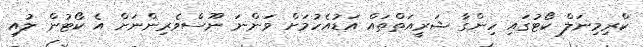
ކްރިމިނަލް ކޯޓުގައި ހިންގާ ޝަރީއަތްތައް އަޑުއެހުމަށް ވަންނަ ނޫސްވެރިންނަށް އެ ކޯޓުން ލުއި